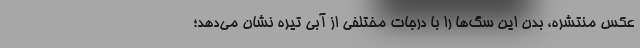
عکس منتشره، بدن این سگ‌ها را با درجات مختلفی از آبی تیره نشان می‌دهد؛